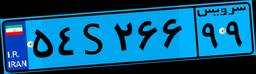
۳۵S۴۷۶۸۶